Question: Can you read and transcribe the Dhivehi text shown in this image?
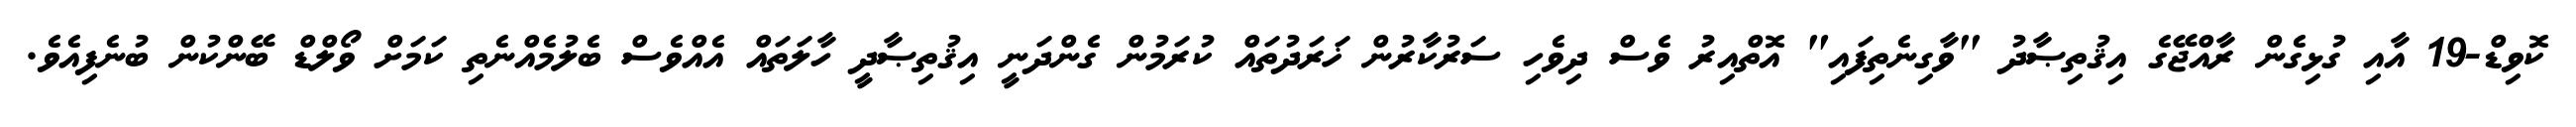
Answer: ކޮވިޑް-19 އާއި ގުޅިގެން ރާއްޖޭގެ އިޤުތިޞާދު "ވާގިނެތިފައި" އޮތްއިރު ވެސް ދިވެހި ސަރުކާރުން ޚަރަދުތައް ކުރަމުން ގެންދަނީ އިޤުތިޞާދީ ހާލަތައް އެއްވެސް ބެލުމެއްނެތި ކަމަށް ވޯލްޑް ބޭންކުން ބުނެފިއެވެ.